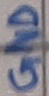
Text: GND